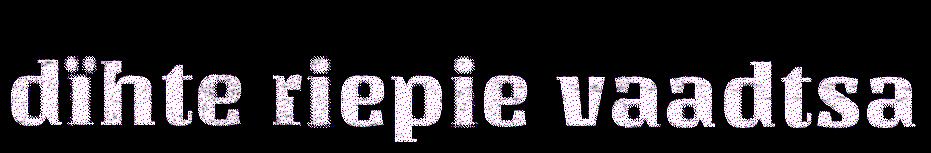
dïhte riepie vaadtsa